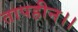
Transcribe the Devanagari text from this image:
तापहीन।।